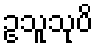
ဥသူသုပိ